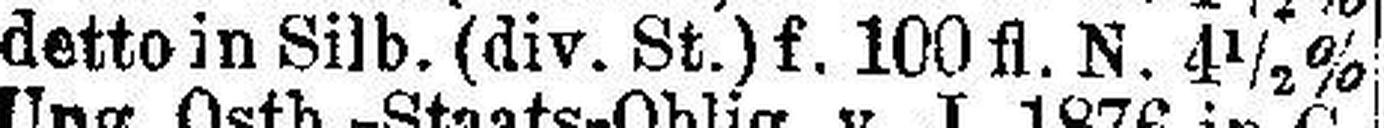
detto in Silb. (div. St.) f. 100 fl. N. 4½%